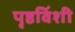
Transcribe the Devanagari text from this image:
पृष्ठविंशी